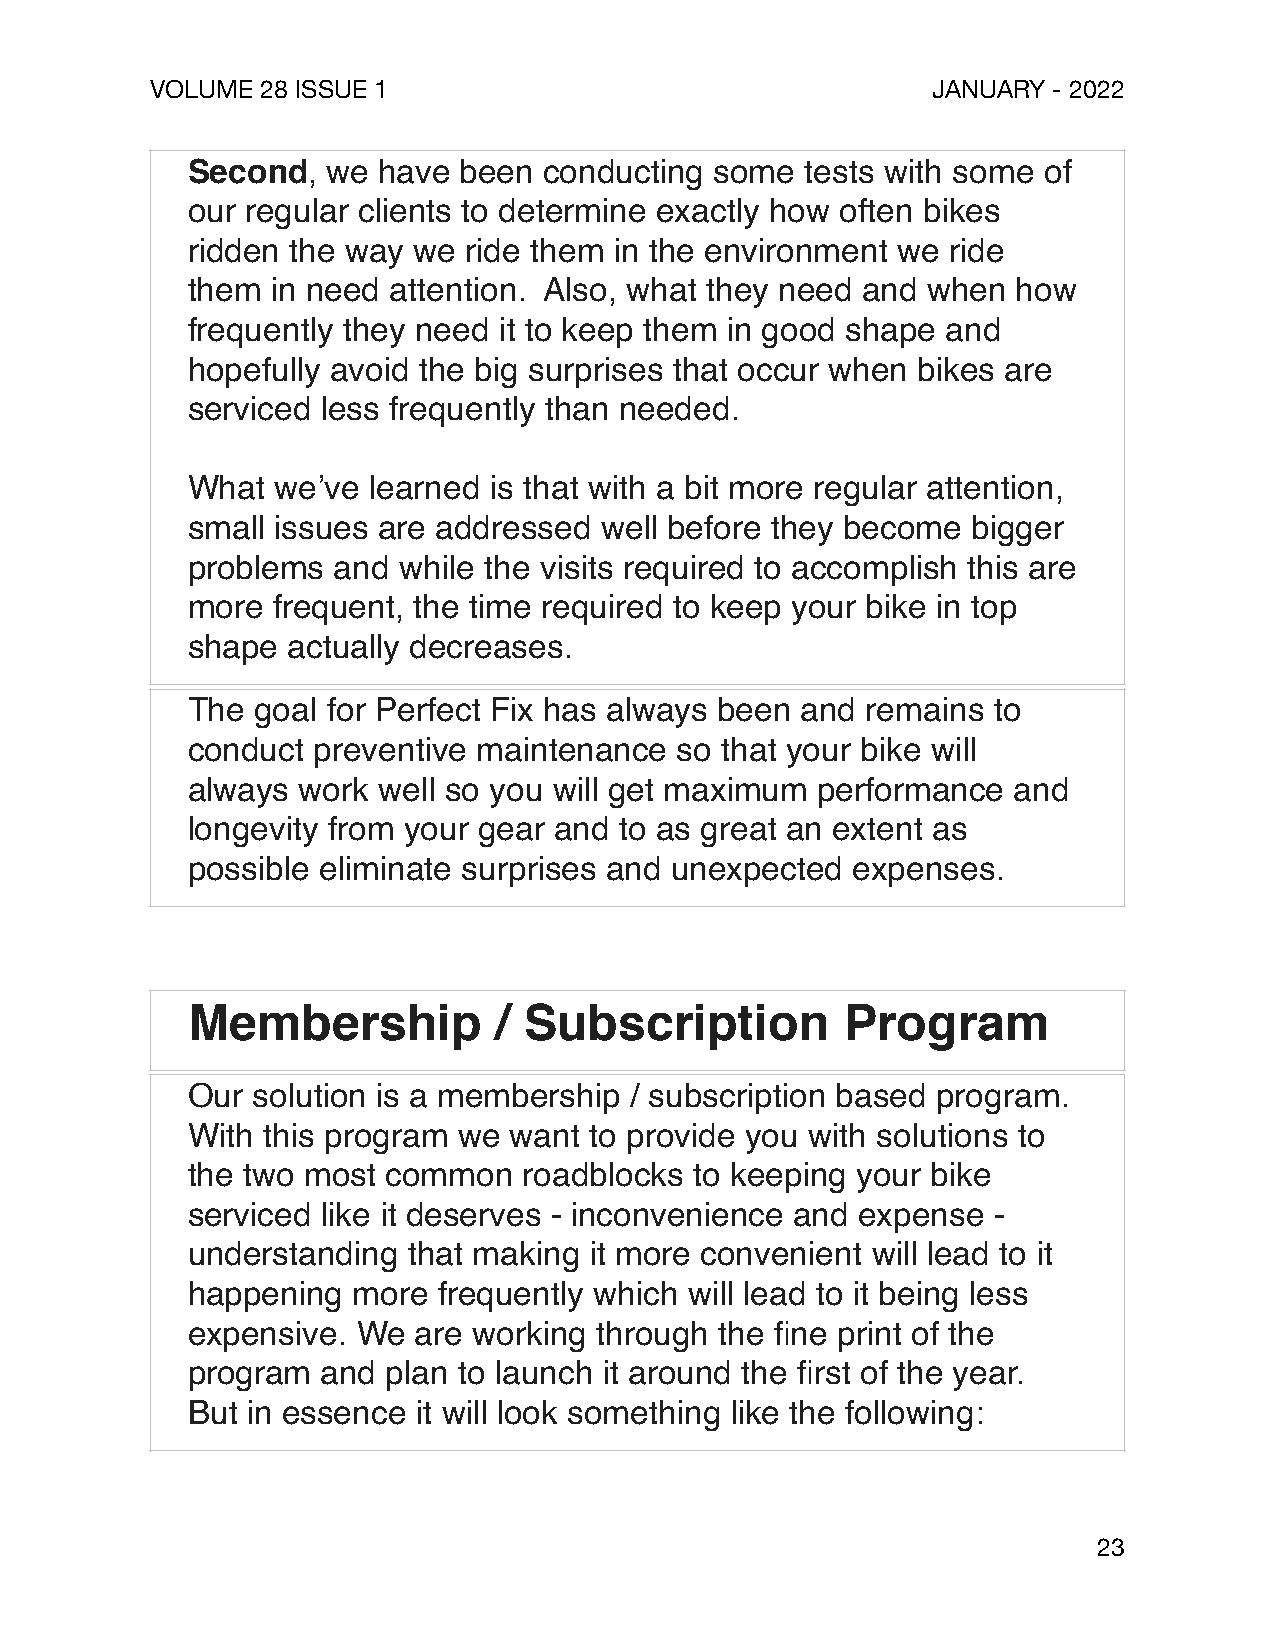
VOLUME 28 ISSUE 1                                   JANUARY - 2022
 Second,   we have been  conducting some  tests with some of
 our regular clients to determine exactly how often bikes
 ridden the way we  ride them in the environment we ride
 them  in need attention. Also, what they need and when how
 frequently they need it to keep them in good shape and
 hopefully avoid the big surprises that occur when bikes are
 serviced less frequently than needed.
 What  we’ve learned is that with a bit more regular attention,
 small issues are addressed  well before they become bigger
 problems  and while the visits required to accomplish this are
 more  frequent, the time required to keep your bike in top
 shape  actually decreases.
 The  goal for Perfect Fix has always been and remains to
 conduct  preventive maintenance  so that your bike will
 always  work well so you will get maximum performance  and
 longevity from your gear and to as great an extent as
 possible eliminate surprises and unexpected expenses.
 Membership           / Subscription         Program
 Our  solution is a membership / subscription based program.
 With this program we  want to provide you with solutions to
 the two most  common   roadblocks to keeping your bike
 serviced like it deserves - inconvenience and expense -
 understanding  that making it more convenient will lead to it
 happening  more  frequently which will lead to it being less
 expensive.  We are working  through the fine print of the
 program  and  plan to launch it around the first of the year.
 But in essence  it will look something like the following:
 23